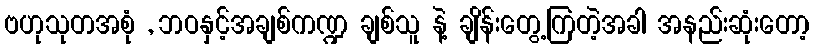
ဗဟုသုတအစုံ , ဘဝနှင့်အချစ်ကဏ္ဍ ချစ်သူ နဲ့ ချိန်းတွေ့ကြတဲ့အခါ အနည်းဆုံးတော့